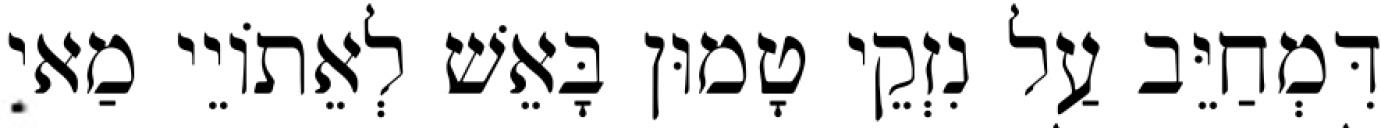
דִּמְחַיֵּב עַל נִזְקֵי טָמוּן בָּאֵשׁ לְאֵתוֹיֵי מַאי